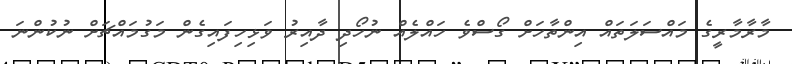
މާރާމާރީގެ މައްސަލަތައް އިންތާހަށް ގޯސްވެ ހައްލެއް ނުހޯދި ދާއިރު ވަޅިހިފައިގެން މަގުމައްޗަށް ނުކުންނަ